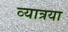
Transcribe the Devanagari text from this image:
व्यात्रया